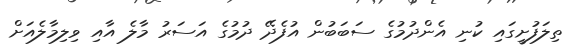
ތިލަފުށީގައި ކުނި އެންދުމުގެ ސަބަބުން އުފެދޭ ދުމުގެ އަސަރު މާލެ އާއި ވިލިމާލެއަށް